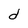
Character: d